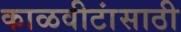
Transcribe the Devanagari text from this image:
काळवीटांसाठी